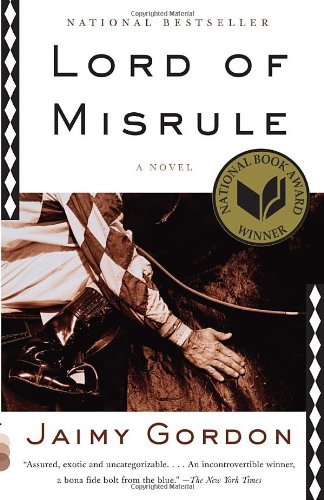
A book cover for Lord of Misrule (Vintage Contemporaries); Jaimy Gordon; Literature & Fiction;